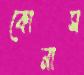
কোনাস